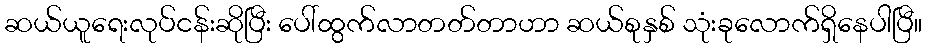
ဆယ်ယူရေးလုပ်ငန်းဆိုပြီး ပေါ်ထွက်လာတတ်တာဟာ ဆယ်စုနှစ် သုံးခုလောက်ရှိနေပါပြီ။